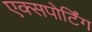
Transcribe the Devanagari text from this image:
एक्सपोर्टिंग